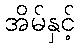
အိမ်နှင့်